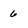
Character: 6